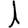
Digit: 1